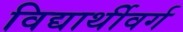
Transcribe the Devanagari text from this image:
विद्यार्थीवर्ग